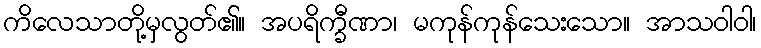
ကိလေသာတို့မှလွတ်၏။ အပရိက္ခီဏာ၊ မကုန်ကုန်သေးသော။ အာသဝါဝါ၊